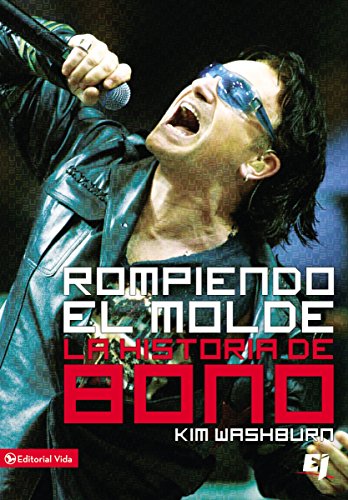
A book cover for Rompiendo el molde, la historia de Bono (Especialidades Juveniles) (Spanish Edition); Kim Washburn; Teen & Young Adult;